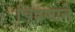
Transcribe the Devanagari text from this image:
चित्रणाने